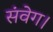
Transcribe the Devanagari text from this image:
संवेग।